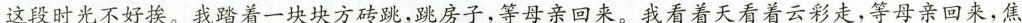
这段时光不好挨。\underline{我踏着一块块方砖跳，跳房子，等母亲回来。我看着天看着云彩走，等母亲回来，焦}